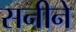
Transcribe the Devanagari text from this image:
सनीने